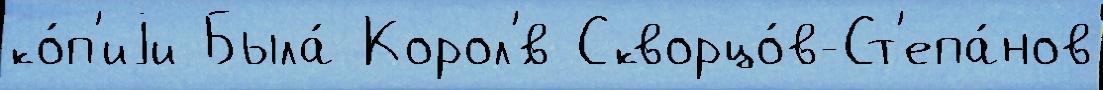
ко́п'иjи Была́ Корол'́в Скворцо́в-Ст'епа́нов